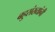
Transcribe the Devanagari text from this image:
बहुसंख्यांनी